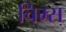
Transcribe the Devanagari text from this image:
चिम्स